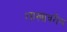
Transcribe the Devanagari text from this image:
शास्त्रावरील